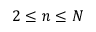
2 \leq n \leq N